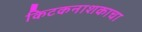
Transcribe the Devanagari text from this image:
किटकनाशकाचा